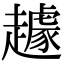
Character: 䟊